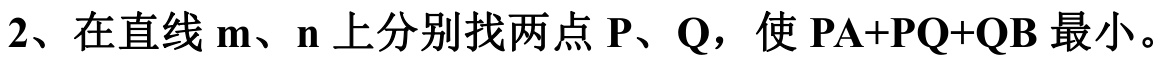
2、在直线\(\mathbf{m}\)、\(\mathbf{n}\)上分别找两点\(\mathbf{P}\)、\(\mathbf{Q}\)，使\(\mathbf{PA + PQ + QB}\)最小。